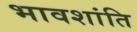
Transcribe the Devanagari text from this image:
भावशांति